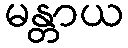
မန္တာယ